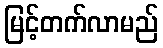
မြင့်တက်လာမည်